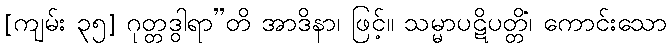
[ကျမ်း ၃၅] ဂုတ္တဒွါရာ”တိ အာဒိနာ၊ ဖြင့်။ သမ္မာပဋိပတ္တိံ၊ ကောင်းသော